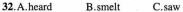
32,A.heard B.smelt C.saw